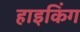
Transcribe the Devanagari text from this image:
हाइकिंग